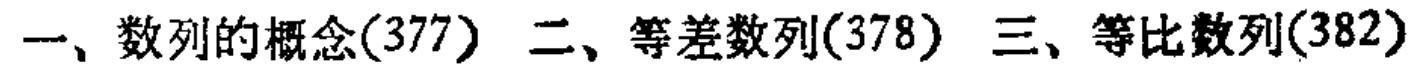
一、数列的概念(377) 二、等差数列(378) 三、等比数列(382)